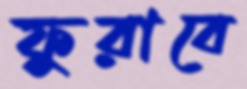
ফুরাবে